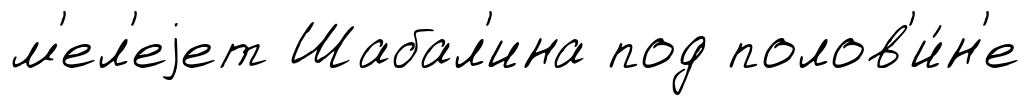
м'ел'еjет Шабал'ина под полов'и́н'е